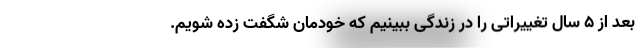
بعد از ۵ سال تغییراتی را در زندگی ببینیم که خودمان شگفت زده شویم.